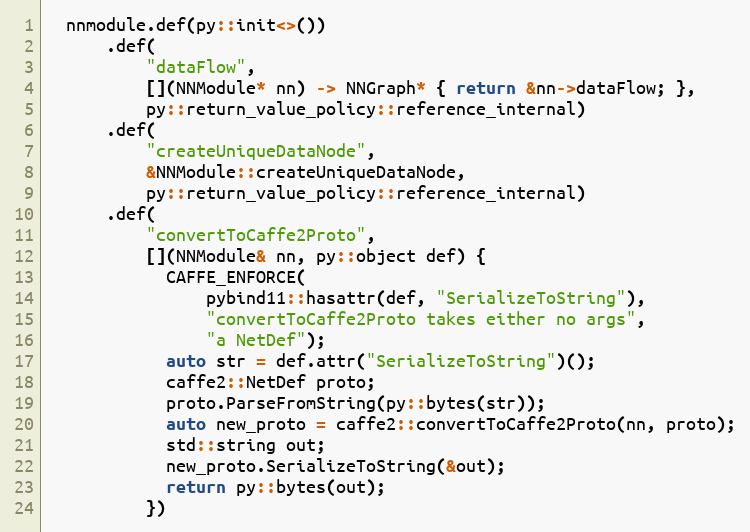
Language: C++
  nnmodule.def(py::init<>())
      .def(
          "dataFlow",
          [](NNModule* nn) -> NNGraph* { return &nn->dataFlow; },
          py::return_value_policy::reference_internal)
      .def(
          "createUniqueDataNode",
          &NNModule::createUniqueDataNode,
          py::return_value_policy::reference_internal)
      .def(
          "convertToCaffe2Proto",
          [](NNModule& nn, py::object def) {
            CAFFE_ENFORCE(
                pybind11::hasattr(def, "SerializeToString"),
                "convertToCaffe2Proto takes either no args",
                "a NetDef");
            auto str = def.attr("SerializeToString")();
            caffe2::NetDef proto;
            proto.ParseFromString(py::bytes(str));
            auto new_proto = caffe2::convertToCaffe2Proto(nn, proto);
            std::string out;
            new_proto.SerializeToString(&out);
            return py::bytes(out);
          })